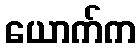
ယောက်က